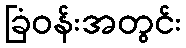
ခြံဝန်းအတွင်း